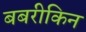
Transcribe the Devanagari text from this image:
बबरीकिन